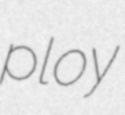
ploy